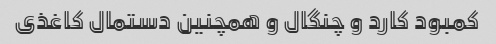
کمبود کارد و چنگال و همچنین دستمال کاغذی